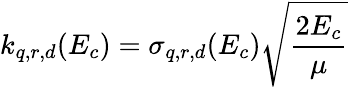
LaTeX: k_{q,r,d}(E_{c})=\sigma_{q,r,d}(E_{c})\sqrt{\frac{2E_{c}}{\mu}}